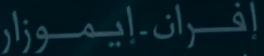
إِفْرَان-ا